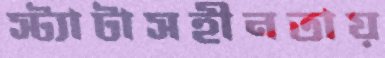
স্ট্যাটাসহীনতায়